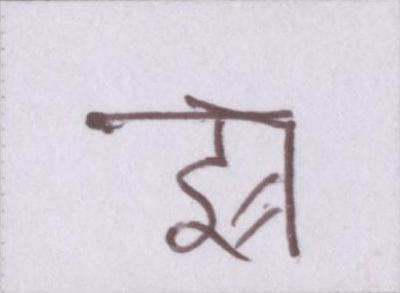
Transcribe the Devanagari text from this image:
झ्र